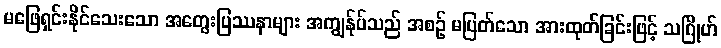
မဖြေရှင်းနိုင်သေးသော အတွေးပြဿနာများ အကျွန်ုပ်သည် အစဉ် မပြတ်သော အားထုတ်ခြင်းဖြင့် သဂြိုဟ်